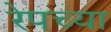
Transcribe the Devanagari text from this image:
रेपच्या